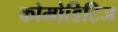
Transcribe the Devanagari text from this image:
कोमोडिटिज